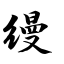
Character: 缦